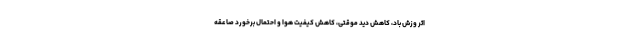
اثر وزش باد، کاهش دید موقتی، کاهش کیفیت هوا و احتمال برخورد صاعقه